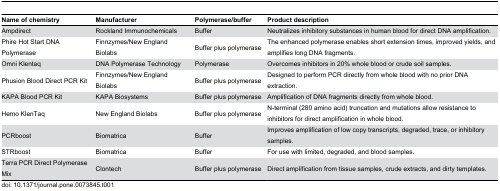
<table><thead><tr><td><b>Name of chemistry</b></td><td><b>Manufacturer</b></td><td><b>Polymerase/buffer</b></td><td><b>Product description</b></td></tr></thead><tbody><tr><td>Ampdirect</td><td>Rockland Immunochemicals</td><td>Buffer</td><td>Neutralizes inhibitory substances in human blood for direct DNA amplification.</td></tr><tr><td>Phire Hot Start DNA Polymerase</td><td>Finnzymes/New England Biolabs</td><td>Buffer plus polymerase</td><td>The enhanced polymerase enables short extension times, improved yields, and amplifies long DNA fragments.</td></tr><tr><td>Omni Klentaq</td><td>DNA Polymerase Technology</td><td>Polymerase</td><td>Overcomes inhibitors in 20% whole blood or crude soil samples.</td></tr><tr><td>Phusion Blood Direct PCR Kit</td><td>Finnzymes/New England Biolabs</td><td>Buffer plus polymerase</td><td>Designed to perform PCR directly from whole blood with no prior DNA extraction.</td></tr><tr><td>KAPA Blood PCR Kit</td><td>KAPA Biosystems</td><td>Buffer plus polymerase</td><td>Amplification of DNA fragments directly from whole blood.</td></tr><tr><td>Hemo KlenTaq</td><td>New England Biolabs</td><td>Buffer plus polymerase</td><td>N-terminal (280 amino acid) truncation and mutations allow resistance to inhibitors for direct amplification in whole blood.</td></tr><tr><td>PCRboost</td><td>Biomatrica</td><td>Buffer</td><td>Improves amplification of low copy transcripts, degraded, trace, or inhibitory samples.</td></tr><tr><td>STRboost</td><td>Biomatrica</td><td>Buffer</td><td>For use with limited, degraded, and blood samples.</td></tr><tr><td>Terra PCR Direct Polymerase Mix</td><td>Clontech</td><td>Buffer plus polymerase</td><td>Direct amplification from tissue samples, crude extracts, and dirty templates.</td></tr></tbody></table>